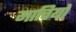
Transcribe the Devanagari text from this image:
माचियो